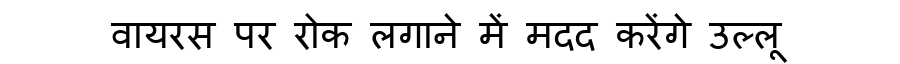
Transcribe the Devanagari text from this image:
वायरस पर रोक लगाने में मदद करेंगे उल्लू